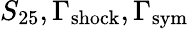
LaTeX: S_{25},\Gamma_{\mathrm{shock}},\Gamma_{\mathrm{sym}}